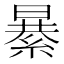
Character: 𦃙